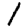
Digit: 1